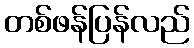
တစ်ဖန်ပြန်လည်